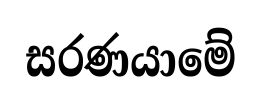
සරණයාමේ